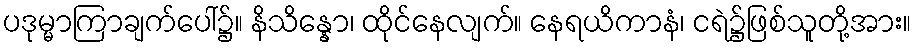
ပဒုမ္မာကြာချက်ပေါ်၌။ နိသိန္နော၊ ထိုင်နေလျက်။ နေရယိကာနံ၊ ငရဲ၌ဖြစ်သူတို့အား။